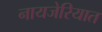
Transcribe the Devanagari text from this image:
नायजेरियात